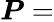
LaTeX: {\boldsymbol{P}}=